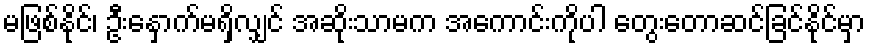
မဖြစ်နိုင်၊ ဦးနှောက်မရှိလျှင် အဆိုးသာမက အကောင်းကိုပါ တွေးတောဆင်ခြင်နိုင်မှာ